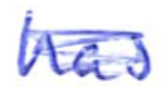
Text: has
Cross-out: scratch
Writing tool: ballpoint